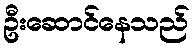
ဦးဆောင်နေသည်